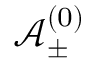
\mathbf { \mathcal { A } } _ { \pm } ^ { ( 0 ) }